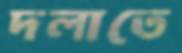
দলাতে